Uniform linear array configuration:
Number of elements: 12
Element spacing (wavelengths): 1
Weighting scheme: uniform
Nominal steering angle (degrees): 15
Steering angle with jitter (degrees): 16.027
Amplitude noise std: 0.05
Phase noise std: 0.05

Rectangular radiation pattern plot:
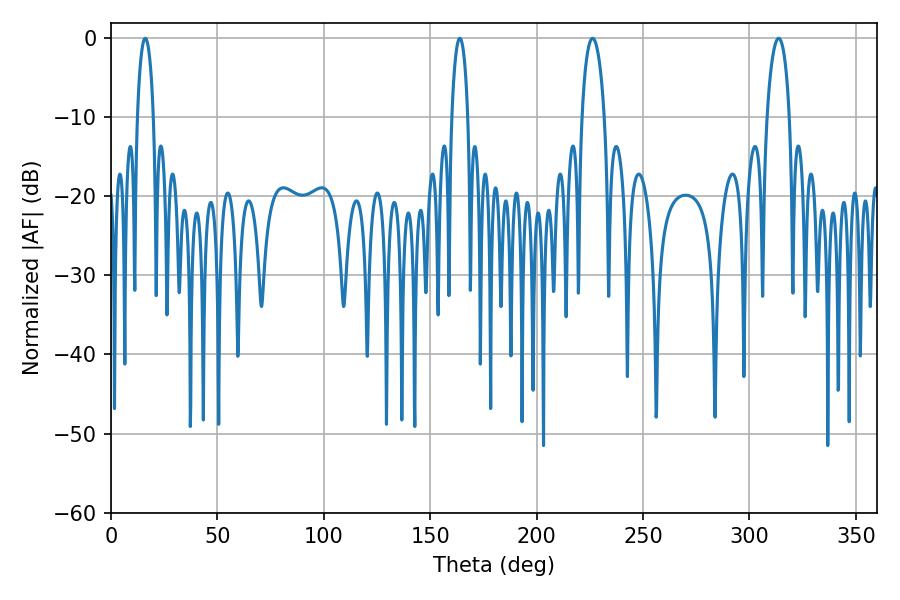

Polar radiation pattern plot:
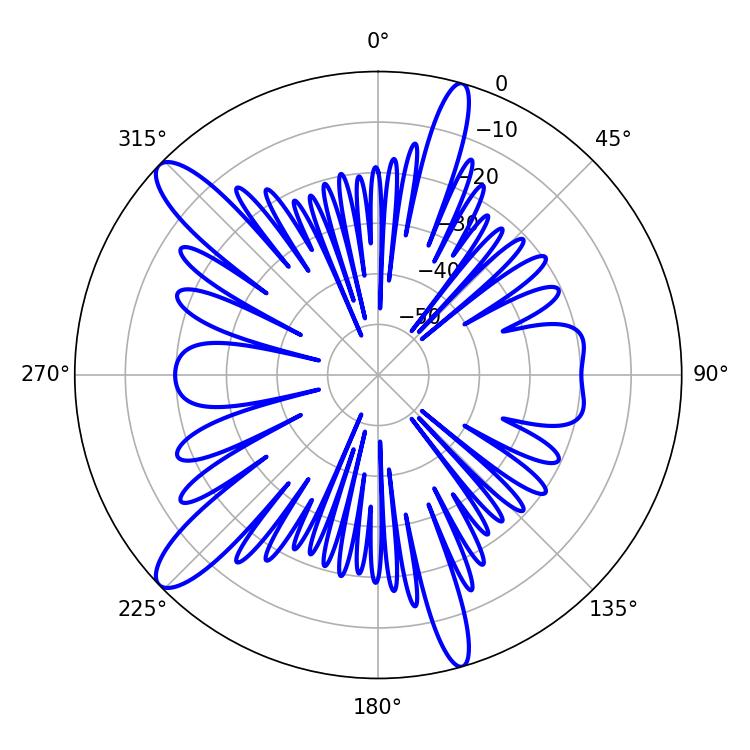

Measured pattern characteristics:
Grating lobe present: TRUE
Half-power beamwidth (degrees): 5.94
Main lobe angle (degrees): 226.26